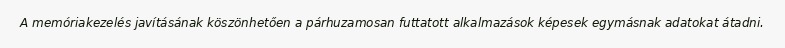
A memóriakezelés javításának köszönhetően a párhuzamosan futtatott alkalmazások képesek egymásnak adatokat átadni.